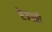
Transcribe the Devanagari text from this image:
रेउस्तो